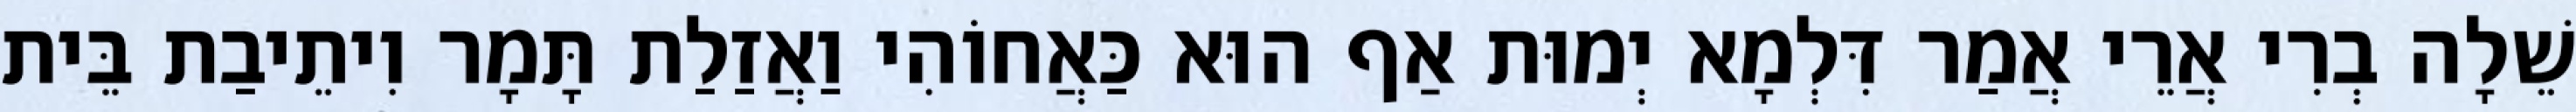
שֵׁלָה בְרִי אֲרֵי אֲמַר דִּלְמָא יְמוּת אַף הוּא כַּאֲחוֹהִי וַאֲזַלַת תָּמָר וִיתֵיבַת בֵּית